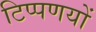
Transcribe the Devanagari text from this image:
टिप्पणयों